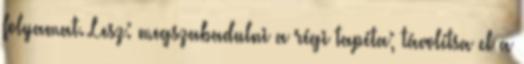
folyamat. Lesz: megszabadulni a régi tapéta; távolítsa el a